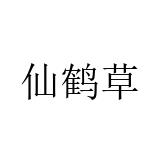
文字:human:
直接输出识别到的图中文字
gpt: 仙鹤草